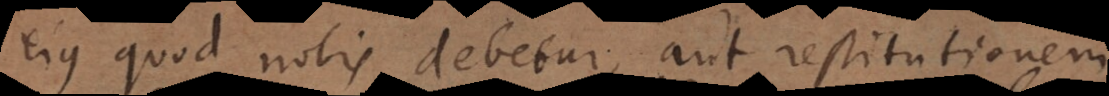
ejus quod nobis debetur, aut restitutionem